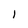
Character: 1